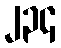
၂၃၄